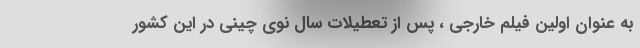
به عنوان اولین فیلم خارجی ، پس از تعطیلات سال نوی چینی در این کشور